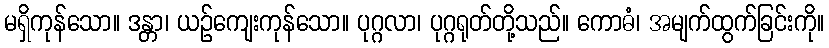
မရှိကုန်သော။ ဒန္တာ၊ ယဉ်ကျေးကုန်သော။ ပုဂ္ဂလာ၊ ပုဂ္ဂရုတ်တို့သည်။ ကောဓံ၊ အမျက်ထွက်ခြင်းကို။